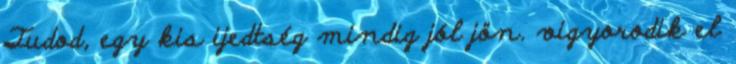
Tudod, egy kis ijedtség mindig jól jön. vigyorodik el